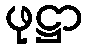
ဖုဋ္ဌာ